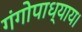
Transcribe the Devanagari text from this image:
गंगोपाध्याय।